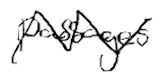
Text: passages
Cross-out: zig-zag
Writing tool: digital_black